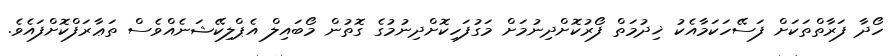
ހޯދާ ފަރާތްތަކަށް ފަސޭހަކަމާއެކު ޚިދުމަތް ފޯރުކޮށްދިނުމަށް މަގުފަހިކޮށްދިނުމުގެ ގޮތުން މޯބައިލް އެޕްލިކޭޝަނެއްވެސް ތަޢާރަފްކޮށްފައެވެ.